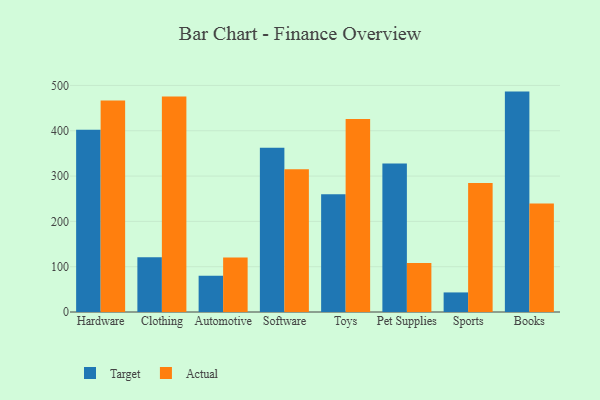
{"axis": {"x": "Category", "y": "Conversion Rate (%)"}, "legend": ["Actual", "Target"], "data": [{"x": "Hardware", "y": 402.4, "type": "Target"}, {"x": "Hardware", "y": 466.5, "type": "Actual"}, {"x": "Clothing", "y": 121.0, "type": "Target"}, {"x": "Clothing", "y": 475.7, "type": "Actual"}, {"x": "Automotive", "y": 79.9, "type": "Target"}, {"x": "Automotive", "y": 120.3, "type": "Actual"}, {"x": "Software", "y": 362.5, "type": "Target"}, {"x": "Software", "y": 314.8, "type": "Actual"}, {"x": "Toys", "y": 259.7, "type": "Target"}, {"x": "Toys", "y": 426.0, "type": "Actual"}, {"x": "Pet Supplies", "y": 327.6, "type": "Target"}, {"x": "Pet Supplies", "y": 107.9, "type": "Actual"}, {"x": "Sports", "y": 43.2, "type": "Target"}, {"x": "Sports", "y": 284.5, "type": "Actual"}, {"x": "Books", "y": 486.4, "type": "Target"}, {"x": "Books", "y": 239.3, "type": "Actual"}]}